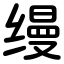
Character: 缦